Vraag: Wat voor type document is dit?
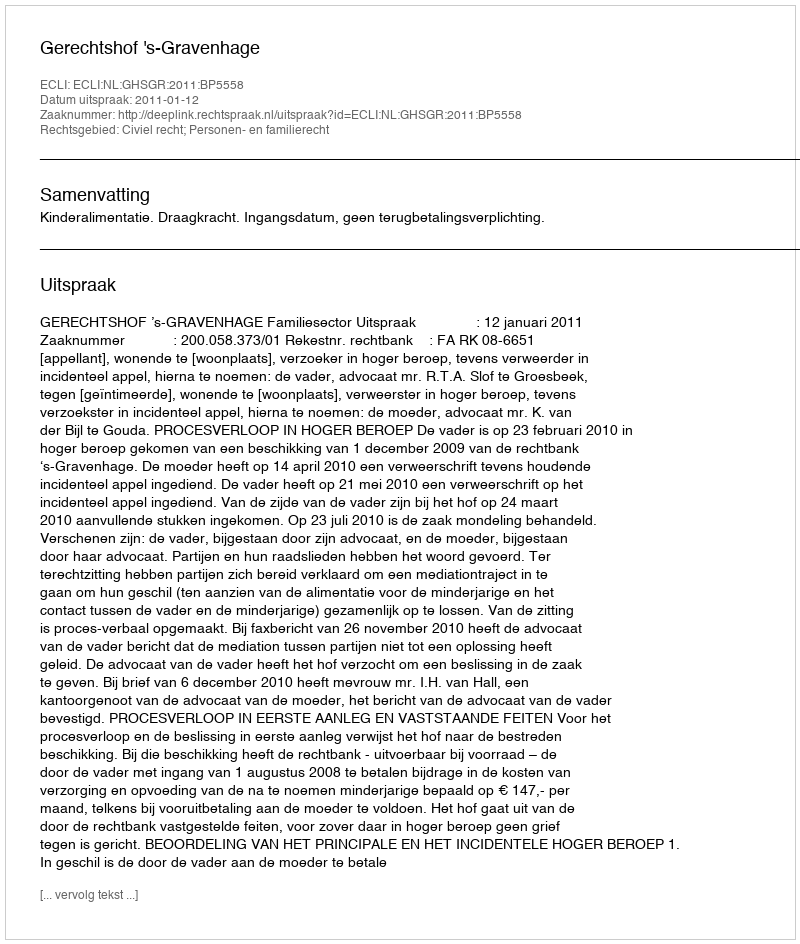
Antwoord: Uitspraak